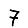
Digit: 7